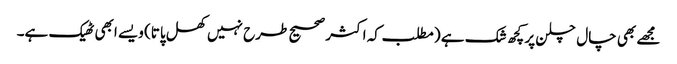
مجھے بھی چال چلن پر کچھ شک ہے (مطلب کہ اکثر صحیح طرح نہیں‌کھل پاتا) ویسے ابھی ٹھیک ہے۔